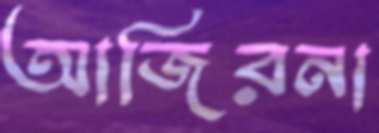
আজিরনা